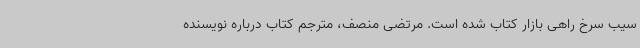
سیب سرخ راهی بازار کتاب شده است. مرتضی منصف، مترجم کتاب درباره نویسنده